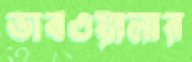
ডাবওয়ালার